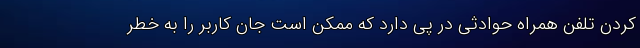
کردن تلفن همراه حوادثی در پی دارد که ممکن است جان کاربر را به خطر